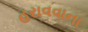
હરાવવાના